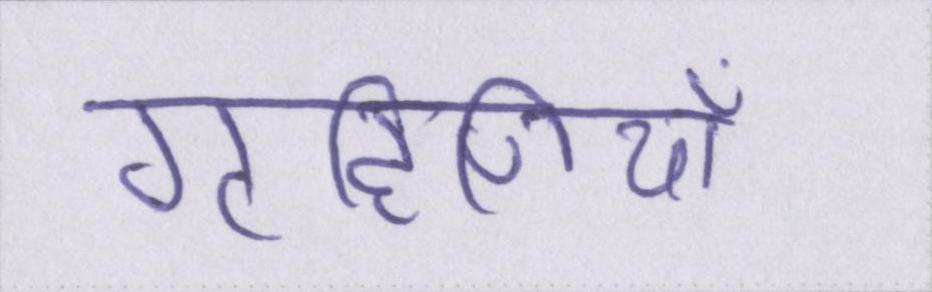
गृहिणियाँ